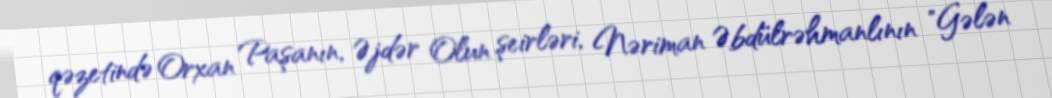
qəzetində Orxan Paşanın, Əjdər Olun şeirləri, Nəriman Əbdülrəhmanlının "Gələn